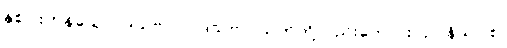
နှစ်ပါးကုန်သော။ ဒသဗလာ၊ ဒသဗလသုတ်တို့လည်းကောင်း။ ဥပနိသာ စ၊